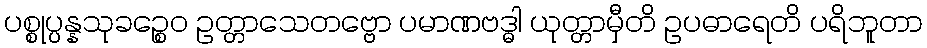
ပစ္စုပ္ပန္နသုခဉ္စေဝ ဥတ္တာသေတဗ္ဗော ပမာဏဗဒ္ဓါ ယုတ္တာမှီတိ ဥပဓာရေတိ ပရိဘူတာ